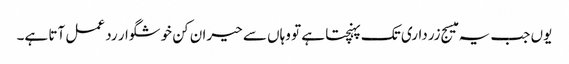
یوں جب یہ میسج زرداری تک پہنچتا ہے تو وہاں سے حیران کن خوشگوار رد عمل آتا ہے۔